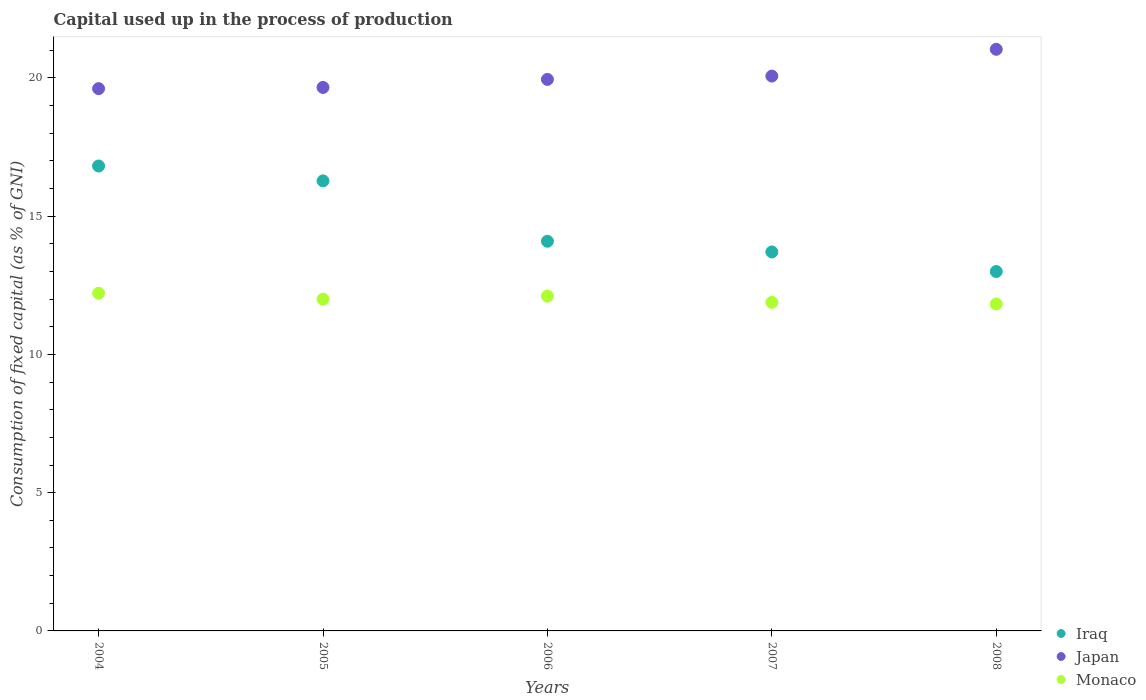
| Years | Iraq | Japan | Monaco |
 | --- | --- | --- | --- |
 | 2004 | 16.8 | 19.6 | 12.2 |
 | 2005 | 16.3 | 19.7 | 12 |
 | 2006 | 14.1 | 19.9 | 12.1 |
 | 2007 | 13.7 | 20.1 | 11.9 |
 | 2008 | 13 | 21 | 11.8 |